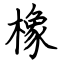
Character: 橡